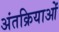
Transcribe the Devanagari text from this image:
अंतक्रियाओं